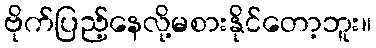
ဗိုက်ပြည့်နေလို့မစားနိုင်တော့ဘူး။